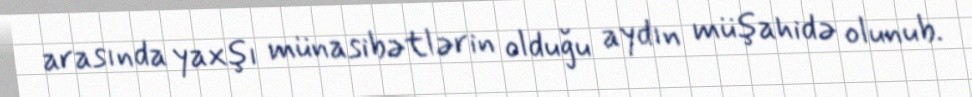
arasında yaxşı münasibətlərin olduğu aydın müşahidə olunub.